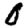
Digit: 0